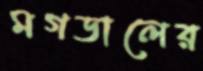
মগডালের